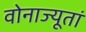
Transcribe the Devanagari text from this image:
वोनाज्यूतां